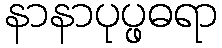
နာနာပုပ္ဖဓရာ